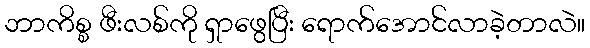
ဘာကိစ္စ ဖီးလစ်ကို ရှာဖွေပြီး ရောက်အောင်လာခဲ့တာလဲ။